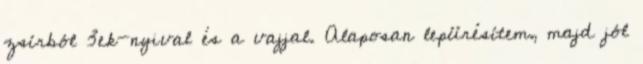
zsírból 3ek-nyival és a vajjal. Alaposan lepürésítem, majd jól